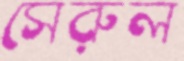
সেরুল